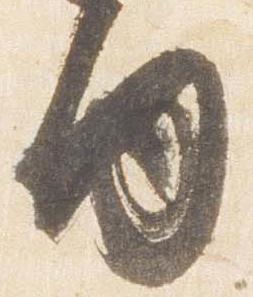
内